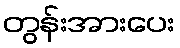
တွန်းအားပေး